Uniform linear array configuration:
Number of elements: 4
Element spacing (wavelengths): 1
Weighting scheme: hamming
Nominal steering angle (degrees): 30
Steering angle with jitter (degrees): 30.204
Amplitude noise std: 0.05
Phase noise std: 0.05

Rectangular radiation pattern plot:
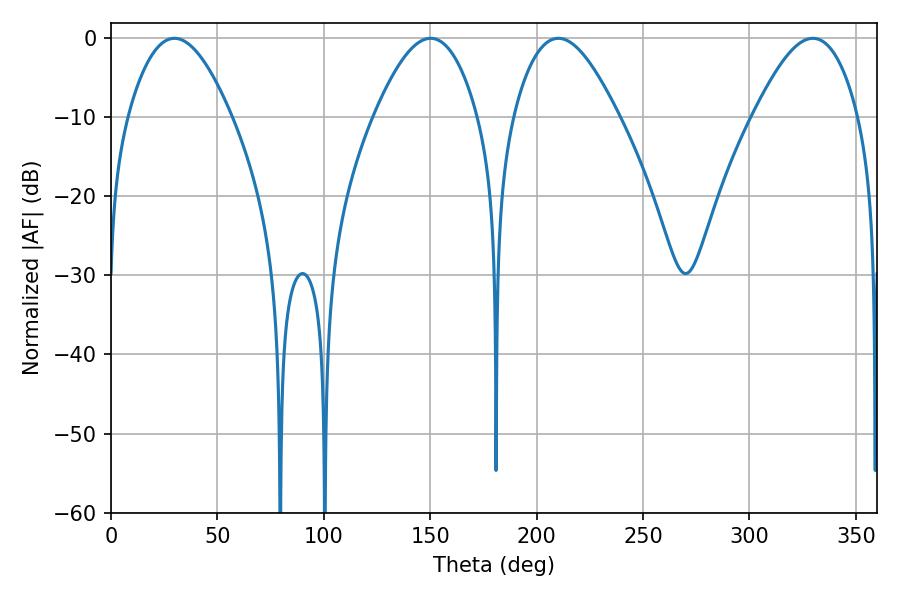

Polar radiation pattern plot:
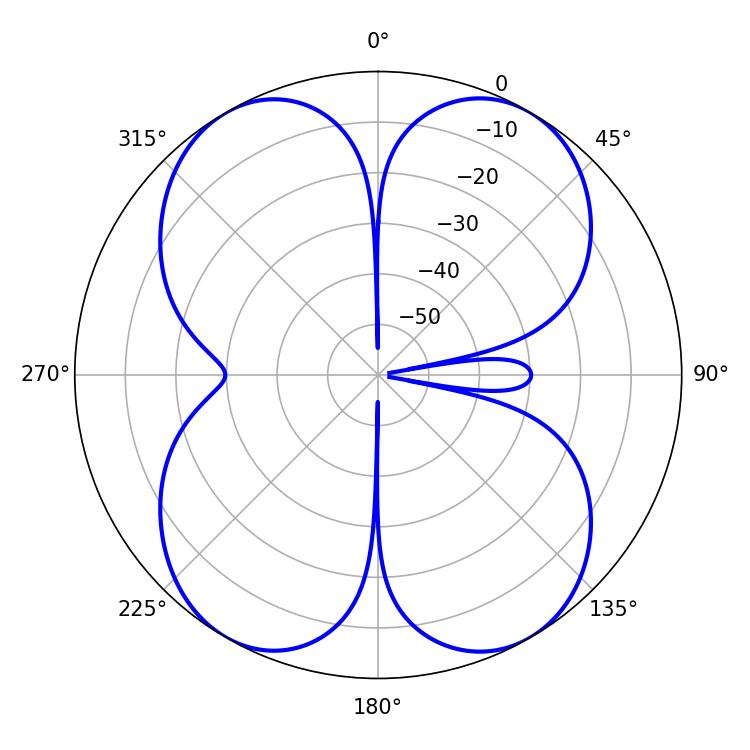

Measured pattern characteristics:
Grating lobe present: TRUE
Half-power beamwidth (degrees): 26.64
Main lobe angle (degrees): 210.24